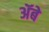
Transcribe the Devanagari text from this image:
ॲबे